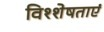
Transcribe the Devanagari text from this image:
विश्शेषताएं